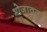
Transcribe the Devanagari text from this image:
भोजावत